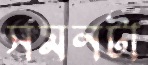
সমনটা